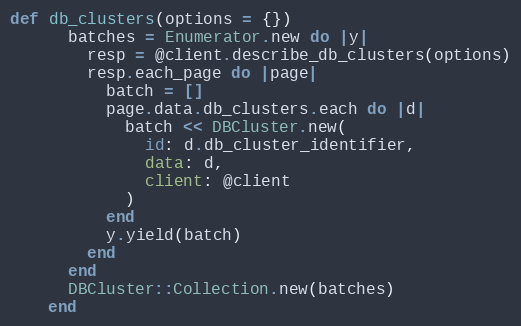
Language: Ruby
def db_clusters(options = {})
      batches = Enumerator.new do |y|
        resp = @client.describe_db_clusters(options)
        resp.each_page do |page|
          batch = []
          page.data.db_clusters.each do |d|
            batch << DBCluster.new(
              id: d.db_cluster_identifier,
              data: d,
              client: @client
            )
          end
          y.yield(batch)
        end
      end
      DBCluster::Collection.new(batches)
    end